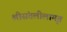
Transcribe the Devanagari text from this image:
श्रीसंतलीलामृत